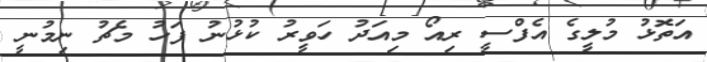
އަތޮޅު މުލީގެ އެފްސީ ރިއޯ މިއަދު ހަވީރު ކުޅުނު ފަހު މެޗު ނިމުނީ